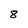
Character: 8